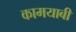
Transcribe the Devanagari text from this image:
कामयाबी